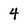
Character: 4